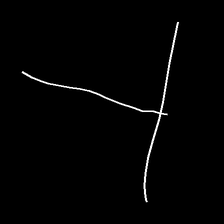
Glyph: column